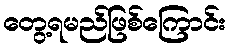
တွေ့ရမည်ဖြစ်ကြောင်း